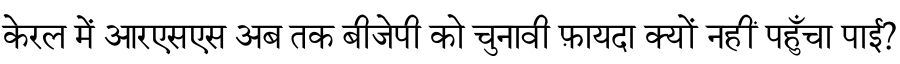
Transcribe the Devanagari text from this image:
केरल में आरएसएस अब तक बीजेपी को चुनावी फ़ायदा क्यों नहीं पहुँचा पाई?